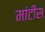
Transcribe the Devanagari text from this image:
मांटीस